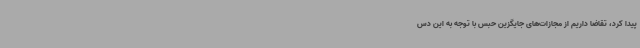
پیدا کرد، تقاضا داریم از مجازات‌های جایگزین حبس با توجه به این دس